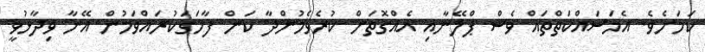
ކަމަށެވެ. އެމަސައްކަތްތައް ވެސް ޕްލޭނާއި އެއްގޮތަށް ކުރެވެމުންދާ ކަން ފާހަގަކުރައްވަމުން އޭނާ ވިދާޅުވީ